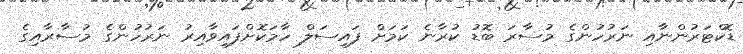
ޑޮކްޓަރުންނާއި ނަރުހުންގެ މުސާރަ ބޮޑު ކުރާނެ ކަމަށް ފައިސަލް ހާމަކޮށްފައިވާއިރު ނަރުހުންގެ މުސާރާއިގެ